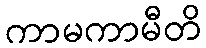
ကာမကာမီတိ